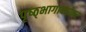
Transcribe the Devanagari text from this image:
पृष्ठ्भागाबरोबर